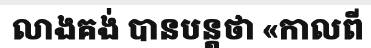
លាងគង់ បានបន្តថា «កាលពី